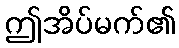
ဤအိပ်မက်၏